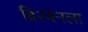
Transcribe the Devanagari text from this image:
ब्रिस्बेनला